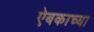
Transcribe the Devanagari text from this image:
ऐबकाच्या